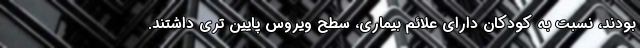
بودند، نسبت به کودکان دارای علائم بیماری، سطح ویروس پایین تری داشتند.